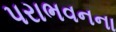
પરાભવનના